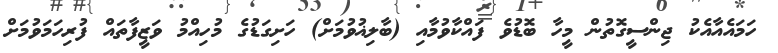
ހަމައެއާއެކު ޖިންސީގޮތުން މީހާ ބޮޑުވެ ފައްކާވުމާއި (ބާލިޣުވުމަށް) ހަށިގަޑުގެ މުހިއްމު ވަޒީފާތައް ފުރިހަމަވުމަށް